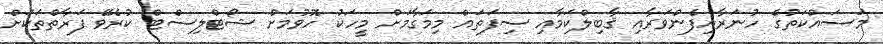
މަސައްކަތުގެ ހުނަރާއިފެންވަރާއި ޤާބިލްކަމާއި ސިފަތައް މިމަގާމަށް މީހަކު ހޮވުމަށް ޝޯޓްލިސްޓް ކުރެވޭ ފަރާތްތަކަށް